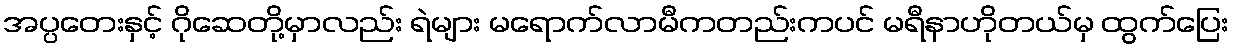
အပ္ပတေးနှင့် ဂိုဆေတို့မှာလည်း ရဲများ မရောက်လာမီကတည်းကပင် မရီနာဟိုတယ်မှ ထွက်ပြေး